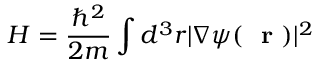
H = \frac { \hbar ^ { 2 } } { 2 m } \int d ^ { 3 } r | \nabla \psi ( \mathrm { ~ \bf ~ r ~ } ) | ^ { 2 }